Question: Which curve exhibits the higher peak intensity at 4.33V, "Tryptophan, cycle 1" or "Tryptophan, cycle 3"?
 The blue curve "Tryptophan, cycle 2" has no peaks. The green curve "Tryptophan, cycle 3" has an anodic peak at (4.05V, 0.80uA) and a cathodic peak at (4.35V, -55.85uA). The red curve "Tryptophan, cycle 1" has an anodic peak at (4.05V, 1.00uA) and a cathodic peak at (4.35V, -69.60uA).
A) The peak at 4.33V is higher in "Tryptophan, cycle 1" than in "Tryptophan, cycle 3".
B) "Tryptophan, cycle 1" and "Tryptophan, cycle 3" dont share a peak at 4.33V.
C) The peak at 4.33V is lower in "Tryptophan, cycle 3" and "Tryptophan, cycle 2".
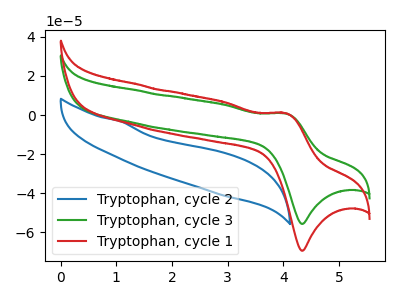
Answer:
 <answer>A) The peak at 4.33V is higher in "Tryptophan, cycle 1" than in "Tryptophan, cycle 3".</answer>
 <eval>A</eval>